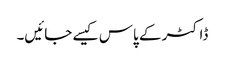
ڈاکٹر کے پاس کیسے جائیں۔